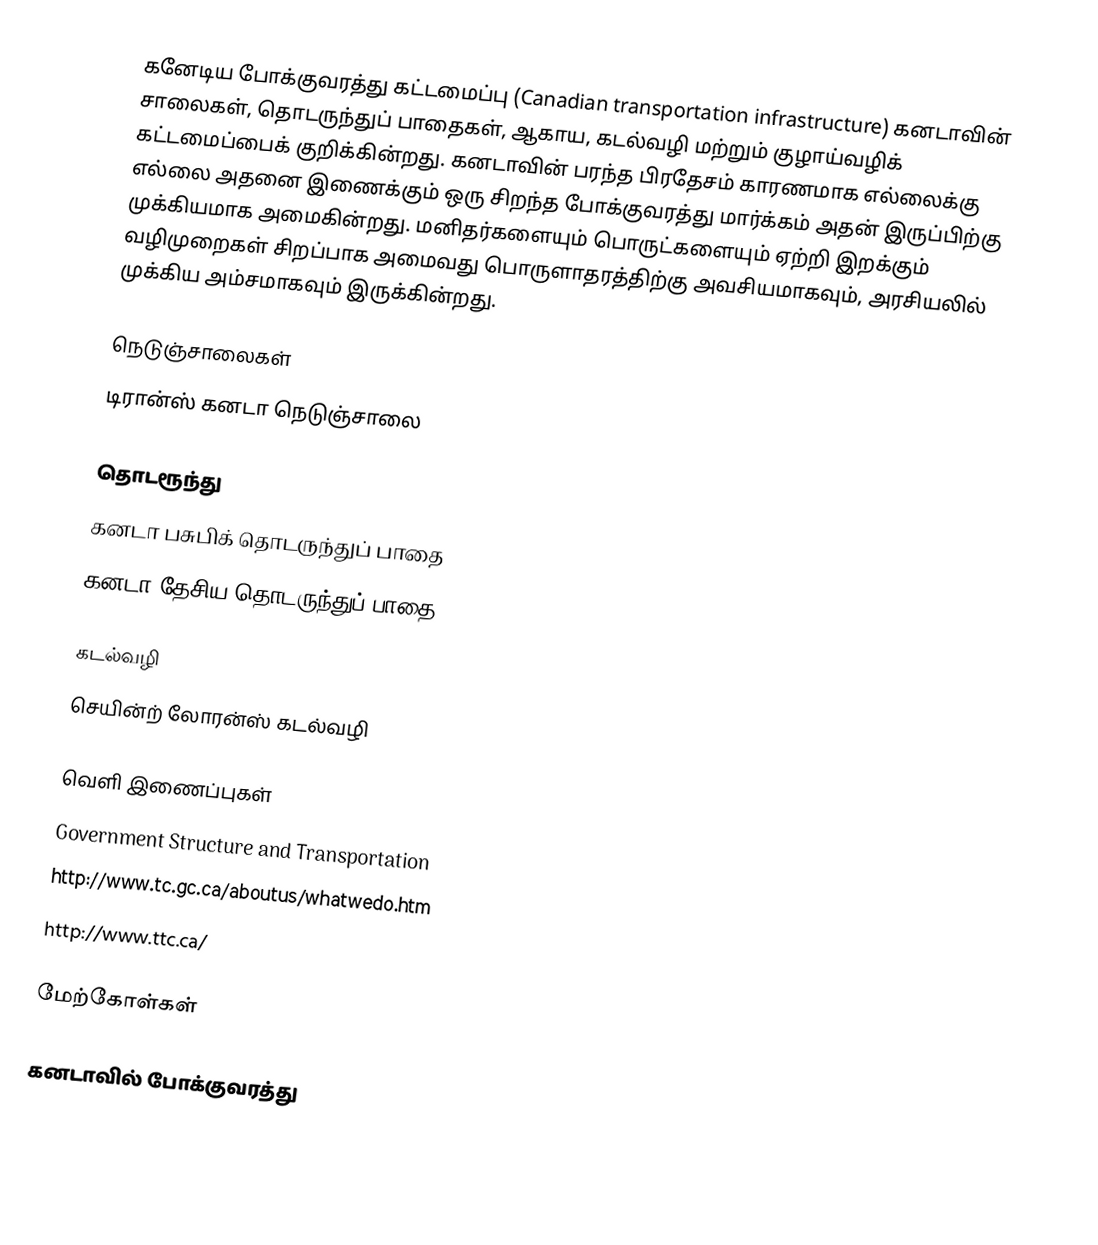
கனேடிய போக்குவரத்து கட்டமைப்பு (Canadian transportation infrastructure) கனடாவின் சாலைகள், தொடருந்துப் பாதைகள், ஆகாய, கடல்வழி மற்றும் குழாய்வழிக் கட்டமைப்பைக் குறிக்கின்றது. கனடாவின் பரந்த பிரதேசம் காரணமாக எல்லைக்கு எல்லை அதனை இணைக்கும் ஒரு சிறந்த போக்குவரத்து மார்க்கம் அதன் இருப்பிற்கு முக்கியமாக அமைகின்றது. மனிதர்களையும் பொருட்களையும் ஏற்றி இறக்கும் வழிமுறைகள் சிறப்பாக அமைவது பொருளாதரத்திற்கு அவசியமாகவும், அரசியலில் முக்கிய அம்சமாகவும் இருக்கின்றது.

நெடுஞ்சாலைகள்
 டிரான்ஸ் கனடா நெடுஞ்சாலை

தொடரூந்து
 கனடா பசுபிக் தொடருந்துப் பாதை
 கனடா தேசிய தொடருந்துப் பாதை

கடல்வழி
 செயின்ற் லோரன்ஸ் கடல்வழி

வெளி இணைப்புகள்
 Government Structure and Transportation
 http://www.tc.gc.ca/aboutus/whatwedo.htm
 http://www.ttc.ca/

மேற்கோள்கள்

கனடாவில் போக்குவரத்து